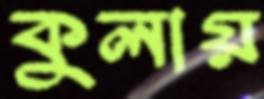
কুলায়